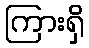
ကြားရှိ